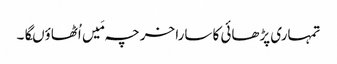
تمہاری پڑھائی کا سارا خرچہ مَیں اُٹھاؤںگا۔